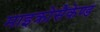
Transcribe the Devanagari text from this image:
माइक्रोसैकेण्ड